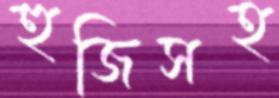
হুজিসহ